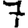
Digit: 7